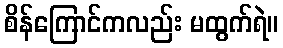
စိန်ကြောင်ကလည်း မထွက်ရဲ။